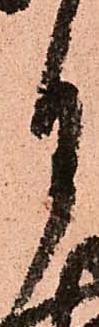
月